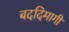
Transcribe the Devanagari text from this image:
बददिमागी